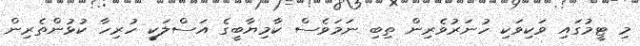
މި ޓީމުގައި ވަކިވަކި ހުނަރުވެރިން ތިބި ނަމަވެސް ކާމިޔާބީގެ އަސްލަކީ ހުރިހާ ކުޅުންތެރިން